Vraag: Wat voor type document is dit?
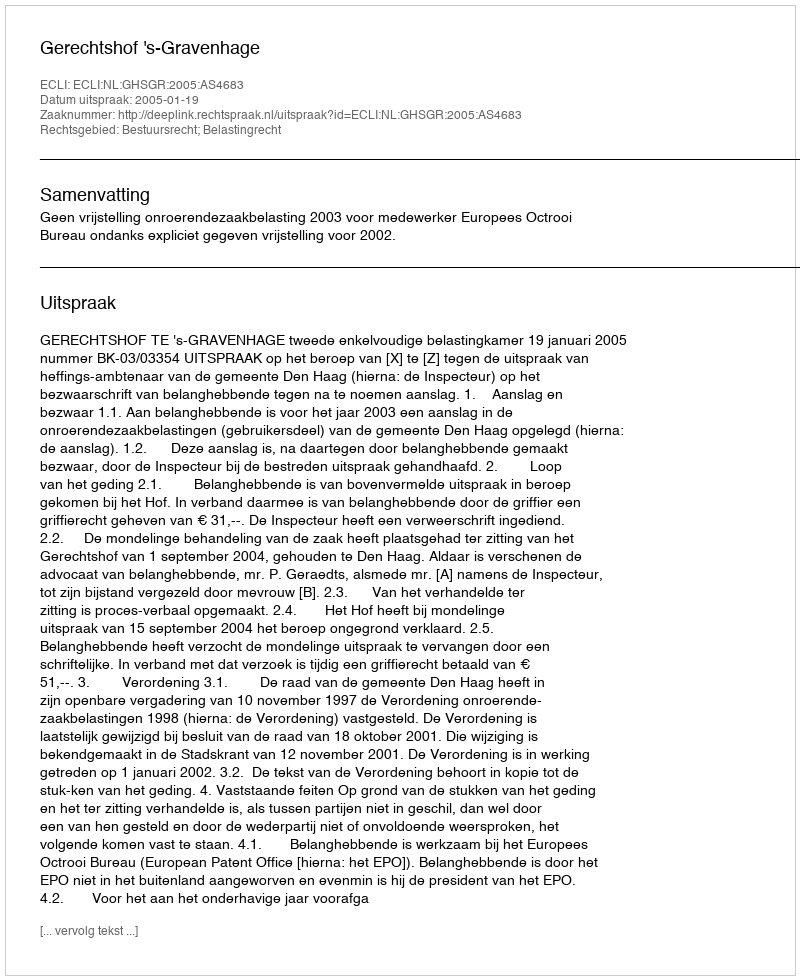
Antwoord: Uitspraak